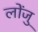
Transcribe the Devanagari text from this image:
लोंजु